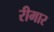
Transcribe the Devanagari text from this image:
रीमार